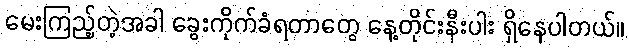
မေးကြည့်တဲ့အခါ ခွေးကိုက်ခံရတာတွေ နေ့တိုင်းနီးပါး ရှိနေပါတယ်။